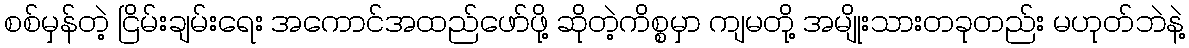
စစ်မှန်တဲ့ ငြိမ်းချမ်းရေး အကောင်အထည်ဖော်ဖို့ ဆိုတဲ့ကိစ္စမှာ ကျမတို့ အမျိုးသားတခုတည်း မဟုတ်ဘဲနဲ့